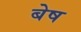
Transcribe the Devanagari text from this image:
बेष